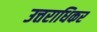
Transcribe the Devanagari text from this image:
उत्तराधिकर